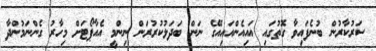
ސަރުކާރުން ބުނެފައިވާ ގޮތުގައި އައިއެންއައިއޭގެ ނަން ބަދަލުކުރުރަން ނިންމީ އެއާޕޯޓަށް މިހާރު ގެންނަމުންދާ